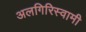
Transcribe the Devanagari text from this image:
अलगिरिस्वामी